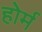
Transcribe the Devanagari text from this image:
होर्म